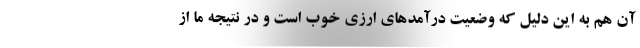
آن هم به این دلیل که وضعیت درآمدهای ارزی خوب است و در نتیجه ما از